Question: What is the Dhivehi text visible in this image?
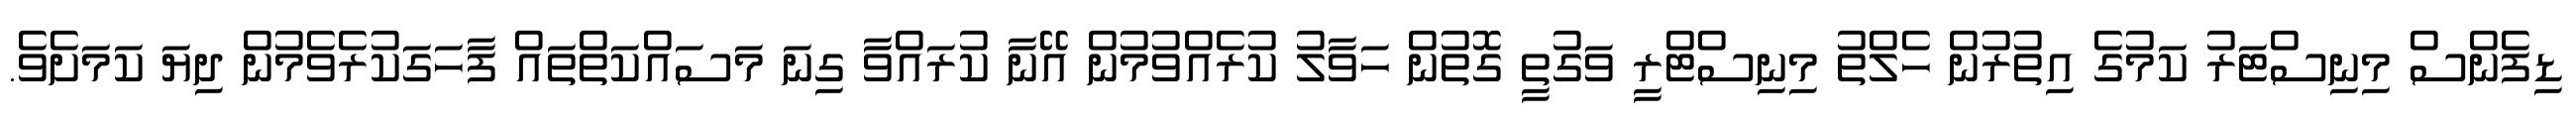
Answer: ޑިފެންސް މިނިސްޓަރު ކަމުގެ އިތުރުން ހެލްތު މިނިސްޓްރީ ވަގުތީ ގޮތުން ހަވާލު ކުރެއްވުމުން އޭނާ ކުރައްވާ ގިނަ މަސައްކަތްތައް ފާހަގަކުރެވެމުން ދިޔަ ކަމަށެވެ.